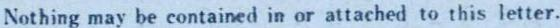
Nothing may be contained in or attached to this letter.